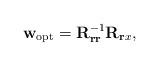
LaTeX: \begin{align*}\mathbf{w}_{\mathrm{opt}}=\mathbf{R}_{\mathbf{rr}}^{-1}\mathbf{R}_{\mathbf{r}x},\end{align*}